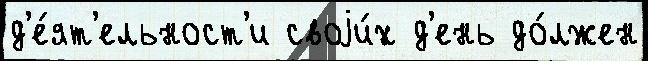
д'е́ят'ельност'и своjи́х д'ень до́лжен